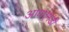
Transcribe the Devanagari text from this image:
आयएमडी